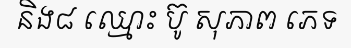
និង៨ ឈ្មោះ ប៊ូ សុភាព ភេទ